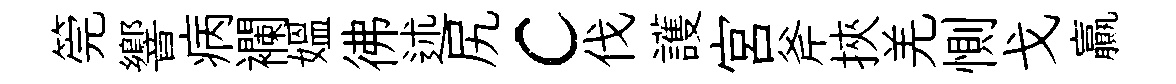
筦響病襴媪彿述尻c伐護宫斧挾羌惻戈贏